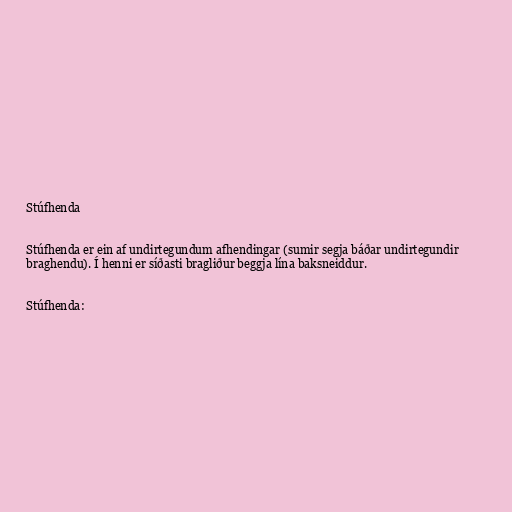
Stúfhenda

Stúfhenda er ein af undirtegundum afhendingar (sumir segja báðar undirtegundir
braghendu). Í henni er síðasti bragliður beggja lína baksneiddur.

Stúfhenda: